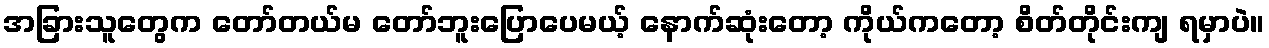
အခြားသူတွေက တော်တယ်မ တော်ဘူးပြောပေမယ့် နောက်ဆုံးတော့ ကိုယ်ကတော့ စိတ်တိုင်းကျ ရမှာပဲ။